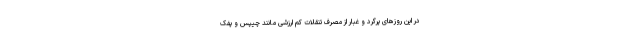
در این روزهای پرگرد و غبار از مصرف تنقلات کم ‌ارزشی مانند چیپس و پفک